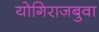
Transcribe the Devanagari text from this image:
योगिराजबुवा